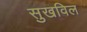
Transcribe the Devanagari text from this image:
सुखविल